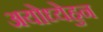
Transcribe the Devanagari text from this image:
अयोध्येहुन